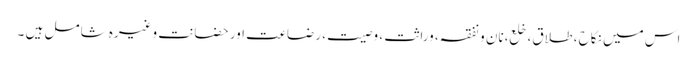
اس میں نکاح ، طلاق، خلع،نان و نفقہ، وراثت ، وصیت، رضاعت اور حضانت وغیرہ شامل ہیں ۔